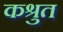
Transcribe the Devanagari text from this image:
कश्रुत